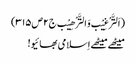
(اَلتَّرْغِیْب وَالتَّرْھِیْب ج۲ص۳۱۵)
میٹھے میٹھے اِسلامی بھائیو!